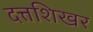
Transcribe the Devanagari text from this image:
दत्तशिखर